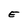
Character: E